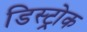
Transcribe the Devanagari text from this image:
डिस्ट्रोक